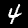
Digit: 4